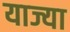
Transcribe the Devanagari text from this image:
याज्या